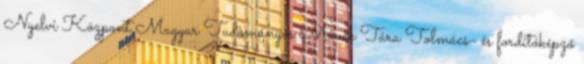
Nyelvi Központ Magyar Tudományos Művek Tára Tolmács- és fordítóképző